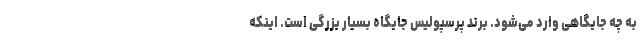
به چه جایگاهی وارد می‌شود. برند پرسپولیس جایگاه بسیار بزرگی است. اینکه